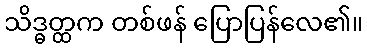
သိဒ္ဓတ္ထက တစ်ဖန် ပြောပြန်လေ၏။